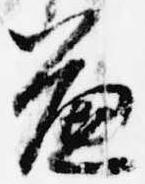
簾